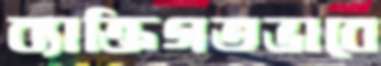
ব্যাক্তিগতভাবে